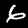
Label: 6